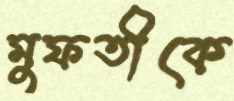
মুফতীকে